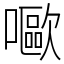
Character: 𡂿